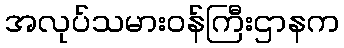
အလုပ်သမားဝန်ကြီးဌာနက